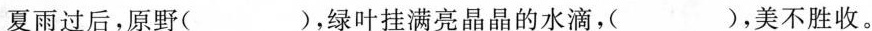
夏雨过后，原野( )，绿叶挂满亮晶晶的水滴，( )，美不胜收。